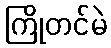
ကြိုတင်မဲ